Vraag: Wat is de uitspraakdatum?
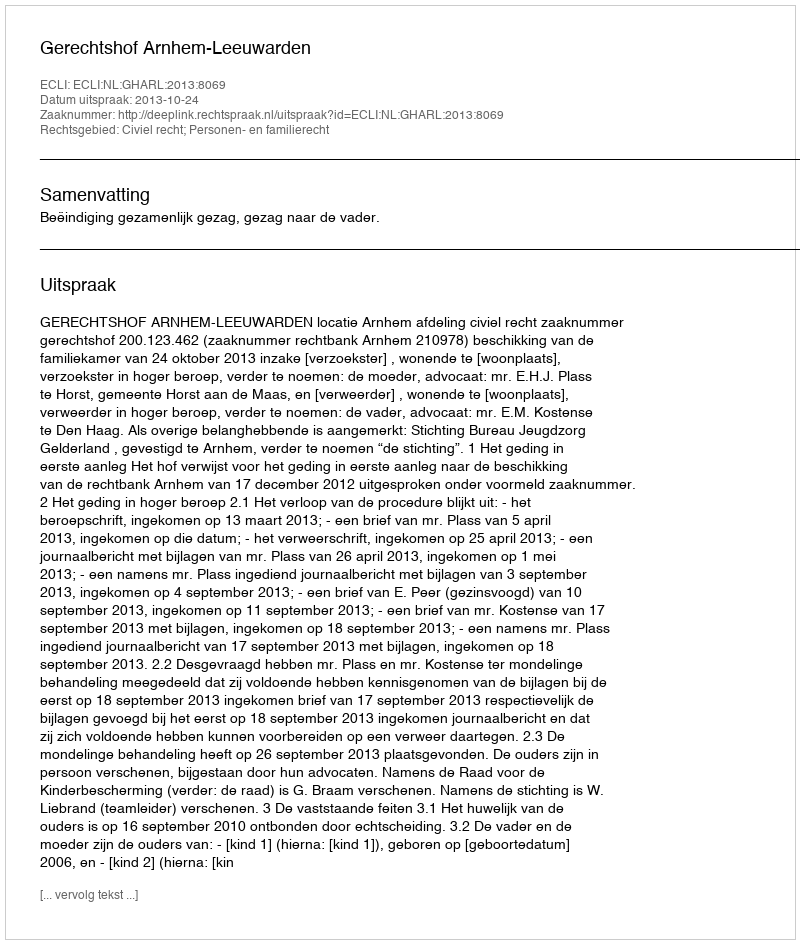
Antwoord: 2013-10-24